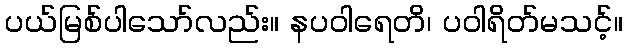
ပယ်မြစ်ပါသော်လည်း။ နပဝါရေတိ၊ ပဝါရိတ်မသင့်။